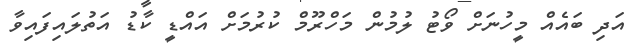
އަދި ބައެއް މީހުނަށް ވޯޓު ލުމުން މަހްރޫމް ކުރުމަށް އައްޑީ ކާޑު އަތުލައިފައިވާ